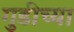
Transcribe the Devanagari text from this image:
गुडीच्या